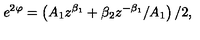
e ^ { 2 \varphi } = \left( A _ { 1 } z ^ { \beta _ { 1 } } + \beta _ { 2 } z ^ { - \beta _ { 1 } } / A _ { 1 } \right) / 2 ,